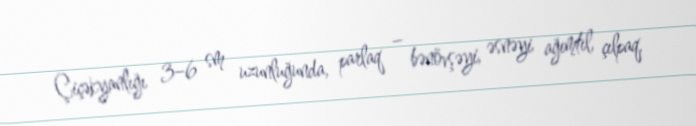
Çiçəkyanlığı 3–6 sm uzunluğunda, parlaq – bənövşəyi, əsnəyi ağımtıl, çılpaq,